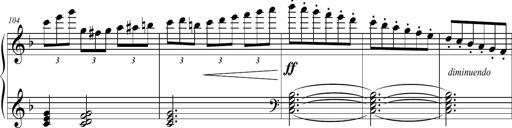
Title: 2 Sonatines faciles et brillantes pour le piano-forte seul
Composer: Carl Czerny